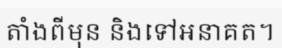
តាំងពីមុន និងទៅអនាគត។